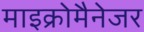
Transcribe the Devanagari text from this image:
माइक्रोमैनेजर